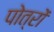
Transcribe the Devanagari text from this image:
पोत्रों